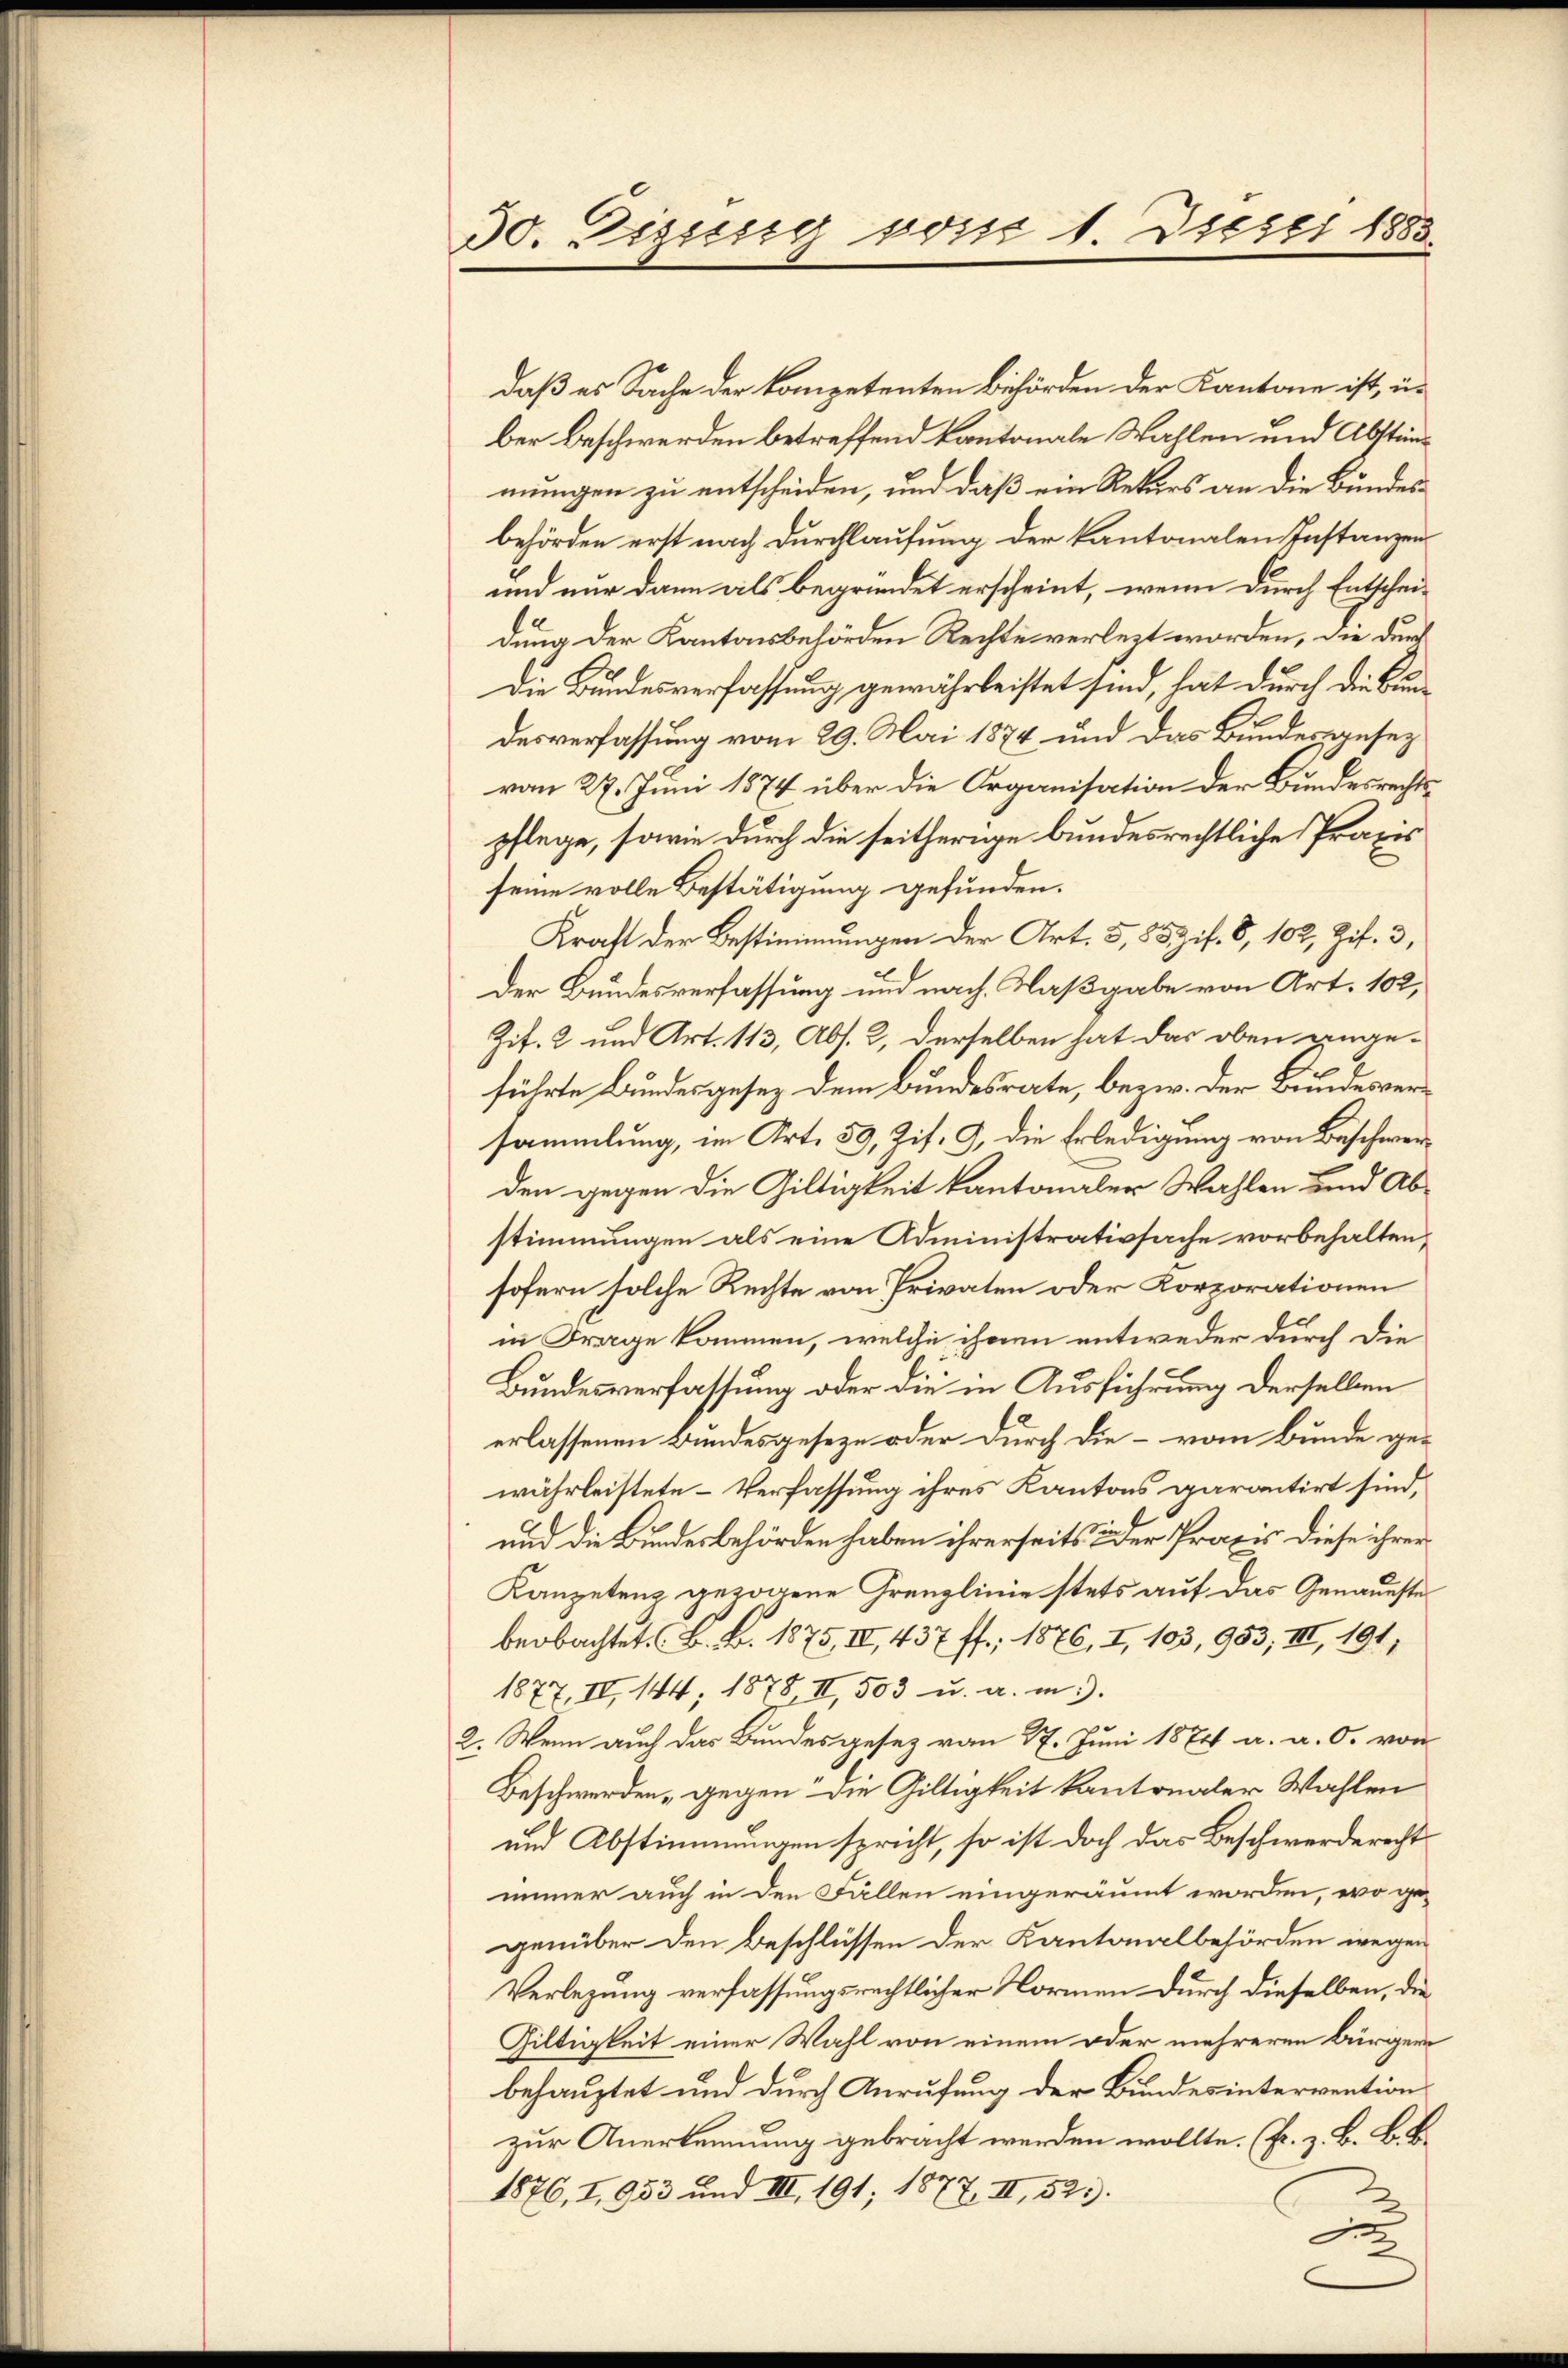
30. Dieserg posss 1. Dieser 1883.

daß es Sache der kompetenten Behörden der Kantone ist, un
ber Beschwerden betreffend kantonale Wahlen und Abstänmungen zu entscheiden, und daß ein Rekurs an die Bundesbehörden erst nach Durchlaufung der kantonalen Instanzen
und nur dann als begründet erscheint, wenn durch Entscheidung der Kantonsbehörden Rechte verlezt worden, die durch
Die Bundesverfassung gewährleistet sind, hat durch die Bundesverfassung vom 29. Mai 1874 und das Bundesaresez
von 27. Juni 1874 über die Organisation der Bundesrechtspflege, sowie durch die seitherige bundesrechtliche Praxis
seine volle Bestätigung gefunden.
Kraft der Bestimmungen der Art. 5, 85 Zif. 8, 102, Zif. 3,
Der Bundesverfassung und nach Maßgabe von Art. 102,
Zif. 2 und Art. 113, Abs. 2, derselben hat das oben ange-
führte Bundesgesez dem Bundesrate, bezw. der Bundesversammlung, im Art. 59, Zif. 9, die Erledigung von Beschwerden gegen die Giltigkeit kantonaler Wahlen und Abstimmungen als eine Administrativsache vorbehalten,
sofern solche Rechte von Privaten oder Korporationen
in Frage kommen, welche ihnen entweder durch die
Bundesverfassung oder die in Ausführung derselben
erlassenen Bundesgeseze oder durch die – vom Bunde gewährleistete Verfassung ihres Kantons garantirt sind,
und die Bundesbehörden haben ihrerseits oder Praxis diese ihrer
Kanzetenz gezogene Grenzlinie stets auf das Genaueste
eachte . . 1875, IV 437 ff.; 1876, I, 103, 953, III, 191;
1877, II, 144, 1878, II, 503 u. a. m.).
2. Wenn auch das Bundesgesez vom 27. Juni 1874 a. a. O. von
Beschwerden gegen die Giltigkeit kantonaler Wahlen
und Abstimmungen spricht, so ist doch das Beschwerderechts
immer auch in den Fällen eingeräumt worden, wo gegenüber den Beschlüssen der Kantonalbehörden wegen
Verlegung verfassungsrechtlicher Normen durch dieselben, die
Giltigkeit einer Wahl von einem oder mehreren Bürgern
behauptet und durch Anrufung der Bundes intervention
zur Anerkennung gebracht werden wollte. (Fr. z. B. B. B.
1876, I, 953 und III. 191; 1877. II, 52.
2
.